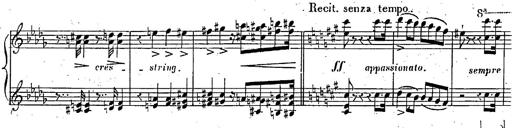
Title: Marche et Cavatine de Lucie de Lammermoor, S.398
Composer: Franz Liszt